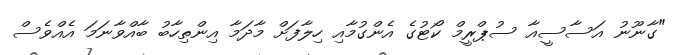
"ގާނޫނު އަސާސީއާ ސުޕްރީމް ކޯޓުގެ އެންގުމާއި ހިލާފަށް މާދަމާ އިންތިހާބު ބާއްވާނަމަ އެއްވެސް